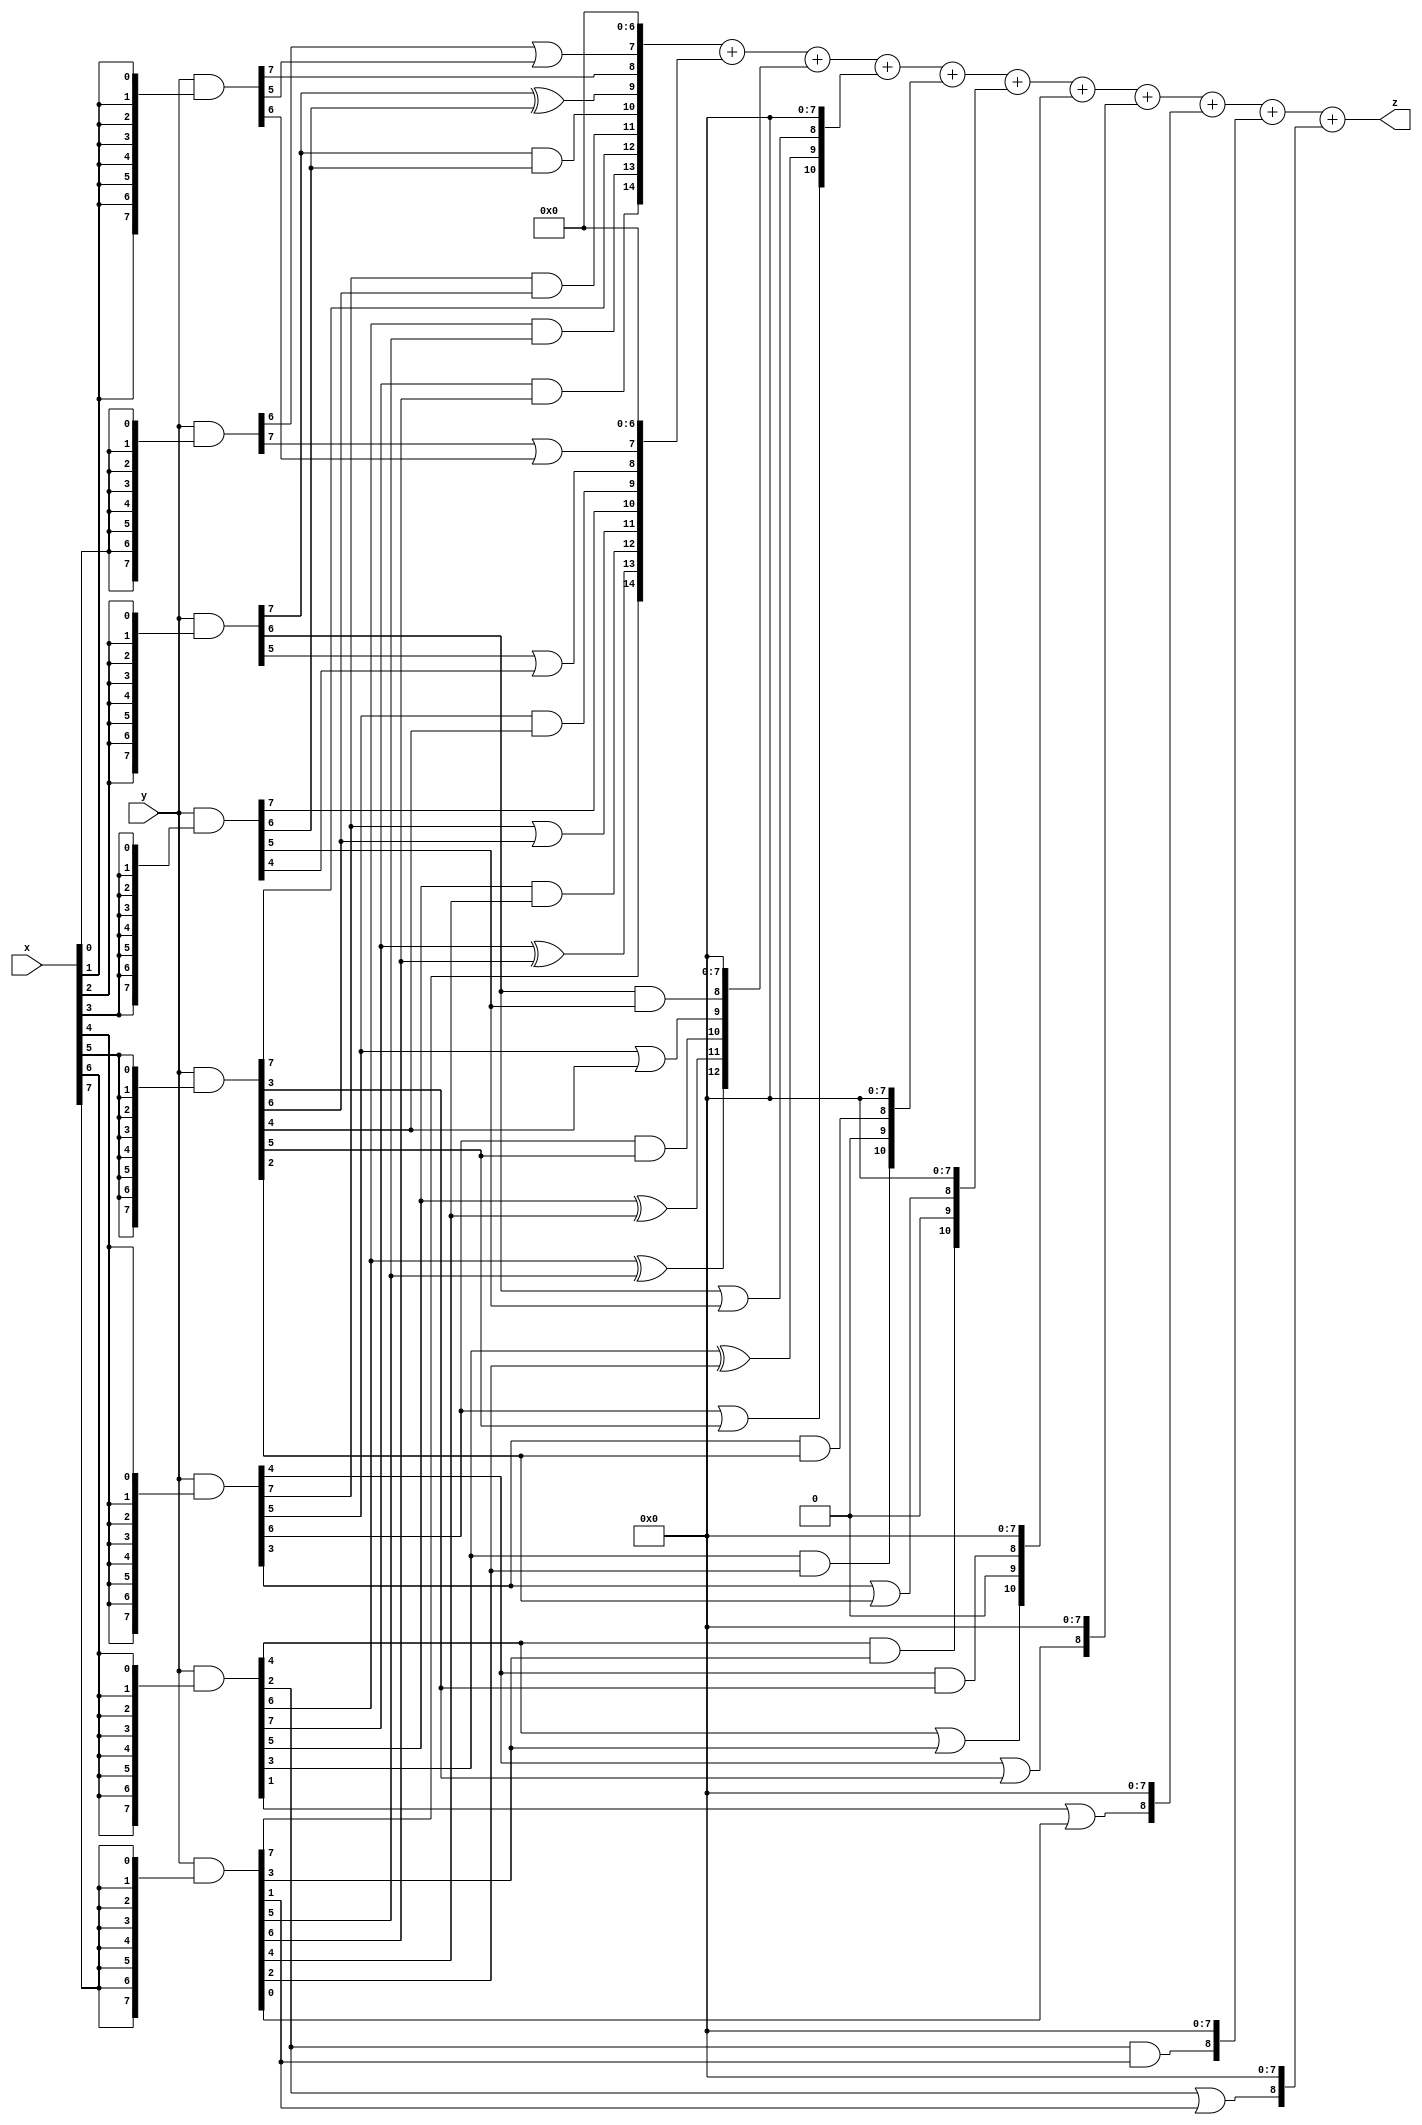
// terms: 34
// fval:  89510.25

module unsigned_8x8_l8_lamb2200_2 (
	input [7:0] x,
	input [7:0] y,
	output [15:0] z
);


wire [7:0] part1 =  y & {8{x[0]}};
wire [7:0] part2 =  y & {8{x[1]}};
wire [7:0] part3 =  y & {8{x[2]}};
wire [7:0] part4 =  y & {8{x[3]}};
wire [7:0] part5 =  y & {8{x[4]}};
wire [7:0] part6 =  y & {8{x[5]}};
wire [7:0] part7 =  y & {8{x[6]}};
wire [7:0] part8 =  y & {8{x[7]}};

wire [14:0] new_part1;
assign new_part1[0] = 0;
assign new_part1[1] = 0;
assign new_part1[2] = 0;
assign new_part1[3] = 0;
assign new_part1[4] = 0;
assign new_part1[5] = 0;
assign new_part1[6] = 0;
assign new_part1[7] = part1[6] | part2[5];
assign new_part1[8] = part2[7];
assign new_part1[9] = part3[7] ^ part4[6];
assign new_part1[10] = part3[7] & part4[6];
assign new_part1[11] = part5[7] & part6[6];
assign new_part1[12] = part6[7];
assign new_part1[13] = part7[6] & part8[5];
assign new_part1[14] = part7[7] & part8[6];

wire [14:0] new_part2;
assign new_part2[0] = 0;
assign new_part2[1] = 0;
assign new_part2[2] = 0;
assign new_part2[3] = 0;
assign new_part2[4] = 0;
assign new_part2[5] = 0;
assign new_part2[6] = 0;
assign new_part2[7] = part1[7] | part2[6];
assign new_part2[8] = part3[5] | part4[4];
assign new_part2[9] = part5[5] & part6[4];
assign new_part2[10] = part4[7];
assign new_part2[11] = part5[7] | part6[6];
assign new_part2[12] = part7[5] & part8[4];
assign new_part2[13] = part7[7] ^ part8[6];
assign new_part2[14] = part8[7];

wire [12:0] new_part3;
assign new_part3[0] = 0;
assign new_part3[1] = 0;
assign new_part3[2] = 0;
assign new_part3[3] = 0;
assign new_part3[4] = 0;
assign new_part3[5] = 0;
assign new_part3[6] = 0;
assign new_part3[7] = 0;
assign new_part3[8] = part3[6] & part4[5];
assign new_part3[9] = part5[5] | part6[4];
assign new_part3[10] = part5[6] & part6[5];
assign new_part3[11] = part7[5] ^ part8[4];
assign new_part3[12] = part7[6] ^ part8[5];

wire [10:0] new_part4;
assign new_part4[0] = 0;
assign new_part4[1] = 0;
assign new_part4[2] = 0;
assign new_part4[3] = 0;
assign new_part4[4] = 0;
assign new_part4[5] = 0;
assign new_part4[6] = 0;
assign new_part4[7] = 0;
assign new_part4[8] = part3[6] | part4[5];
assign new_part4[9] = part7[3] ^ part8[2];
assign new_part4[10] = part5[6] | part6[5];

wire [10:0] new_part5;
assign new_part5[0] = 0;
assign new_part5[1] = 0;
assign new_part5[2] = 0;
assign new_part5[3] = 0;
assign new_part5[4] = 0;
assign new_part5[5] = 0;
assign new_part5[6] = 0;
assign new_part5[7] = 0;
assign new_part5[8] = part5[3] & part6[2];
assign new_part5[9] = 0;
assign new_part5[10] = part7[3] & part8[2];

wire [10:0] new_part6;
assign new_part6[0] = 0;
assign new_part6[1] = 0;
assign new_part6[2] = 0;
assign new_part6[3] = 0;
assign new_part6[4] = 0;
assign new_part6[5] = 0;
assign new_part6[6] = 0;
assign new_part6[7] = 0;
assign new_part6[8] = part5[3] | part6[2];
assign new_part6[9] = 0;
assign new_part6[10] = part7[4] & part8[3];

wire [10:0] new_part7;
assign new_part7[0] = 0;
assign new_part7[1] = 0;
assign new_part7[2] = 0;
assign new_part7[3] = 0;
assign new_part7[4] = 0;
assign new_part7[5] = 0;
assign new_part7[6] = 0;
assign new_part7[7] = 0;
assign new_part7[8] = part5[4] & part6[3];
assign new_part7[9] = 0;
assign new_part7[10] = part7[4] | part8[3];

wire [8:0] new_part8;
assign new_part8[0] = 0;
assign new_part8[1] = 0;
assign new_part8[2] = 0;
assign new_part8[3] = 0;
assign new_part8[4] = 0;
assign new_part8[5] = 0;
assign new_part8[6] = 0;
assign new_part8[7] = 0;
assign new_part8[8] = part5[4] | part6[3];

wire [8:0] new_part9;
assign new_part9[0] = 0;
assign new_part9[1] = 0;
assign new_part9[2] = 0;
assign new_part9[3] = 0;
assign new_part9[4] = 0;
assign new_part9[5] = 0;
assign new_part9[6] = 0;
assign new_part9[7] = 0;
assign new_part9[8] = part7[1] | part8[0];

wire [8:0] new_part10;
assign new_part10[0] = 0;
assign new_part10[1] = 0;
assign new_part10[2] = 0;
assign new_part10[3] = 0;
assign new_part10[4] = 0;
assign new_part10[5] = 0;
assign new_part10[6] = 0;
assign new_part10[7] = 0;
assign new_part10[8] = part7[2] & part8[1];

wire [8:0] new_part11;
assign new_part11[0] = 0;
assign new_part11[1] = 0;
assign new_part11[2] = 0;
assign new_part11[3] = 0;
assign new_part11[4] = 0;
assign new_part11[5] = 0;
assign new_part11[6] = 0;
assign new_part11[7] = 0;
assign new_part11[8] = part7[2] | part8[1];

assign z = new_part1 + new_part2 + new_part3 + new_part4 + new_part5 + new_part6 + new_part7 + new_part8 + new_part9 + new_part10 + new_part11;
endmodule